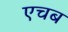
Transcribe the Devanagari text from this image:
एचब